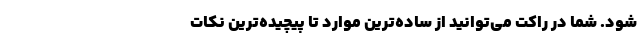
شود. شما در راکت می‌توانید از ساده‌ترین موارد تا پیچیده‌ترین نکات